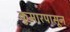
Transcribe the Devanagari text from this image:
कुमारपासून